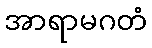
အာရာမဂတံ